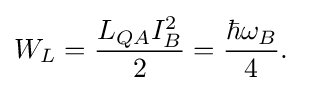
W_{L}={\frac {L_{QA}I_{B}^{2}}{2}}={\frac {\hbar \omega _{B}}{4}}.\